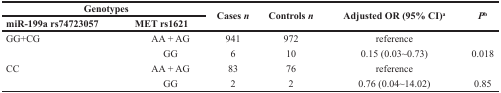
<table><thead><tr><td colspan="2"><b>Genotypes</b></td><td rowspan="2"><b>Cases <i>n</i></b></td><td rowspan="2"><b>Controls <i>n</i></b></td><td rowspan="2"><b>Adjusted OR (95% CI)<sup>a</sup></b></td><td rowspan="2"><b><i>P</i><sup>b</sup></b></td></tr><tr><td><b>miR-199a rs74723057</b></td><td><b>MET rs1621</b></td></tr></thead><tbody><tr><td>GG+CG</td><td>AA + AG</td><td>941</td><td>972</td><td>reference</td><td></td></tr><tr><td></td><td>GG</td><td>6</td><td>10</td><td>0.15 (0.03~0.73)</td><td>0.018</td></tr><tr><td>CC</td><td>AA + AG</td><td>83</td><td>76</td><td>reference</td><td></td></tr><tr><td></td><td>GG</td><td>2</td><td>2</td><td>0.76 (0.04~14.02)</td><td>0.85</td></tr></tbody></table>